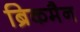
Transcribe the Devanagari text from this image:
ब्रिकमैन